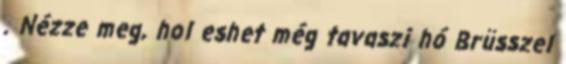
. Nézze meg, hol eshet még tavaszi hó Brüsszel